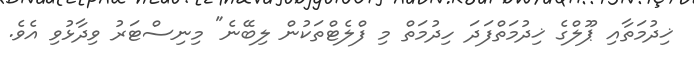
ޚިދުމަތާއި ޕޫލްގެ ޚިދުމަތްފަދަ ހިދުމަތް މި ފްލެޓްތަކުން ލިބޭނެ" މިނިސްޓަރު ވިދާޅުވި އެވެ.